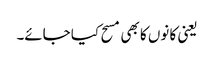
یعنی کا نوں کا بھی مسح کیا جائے۔